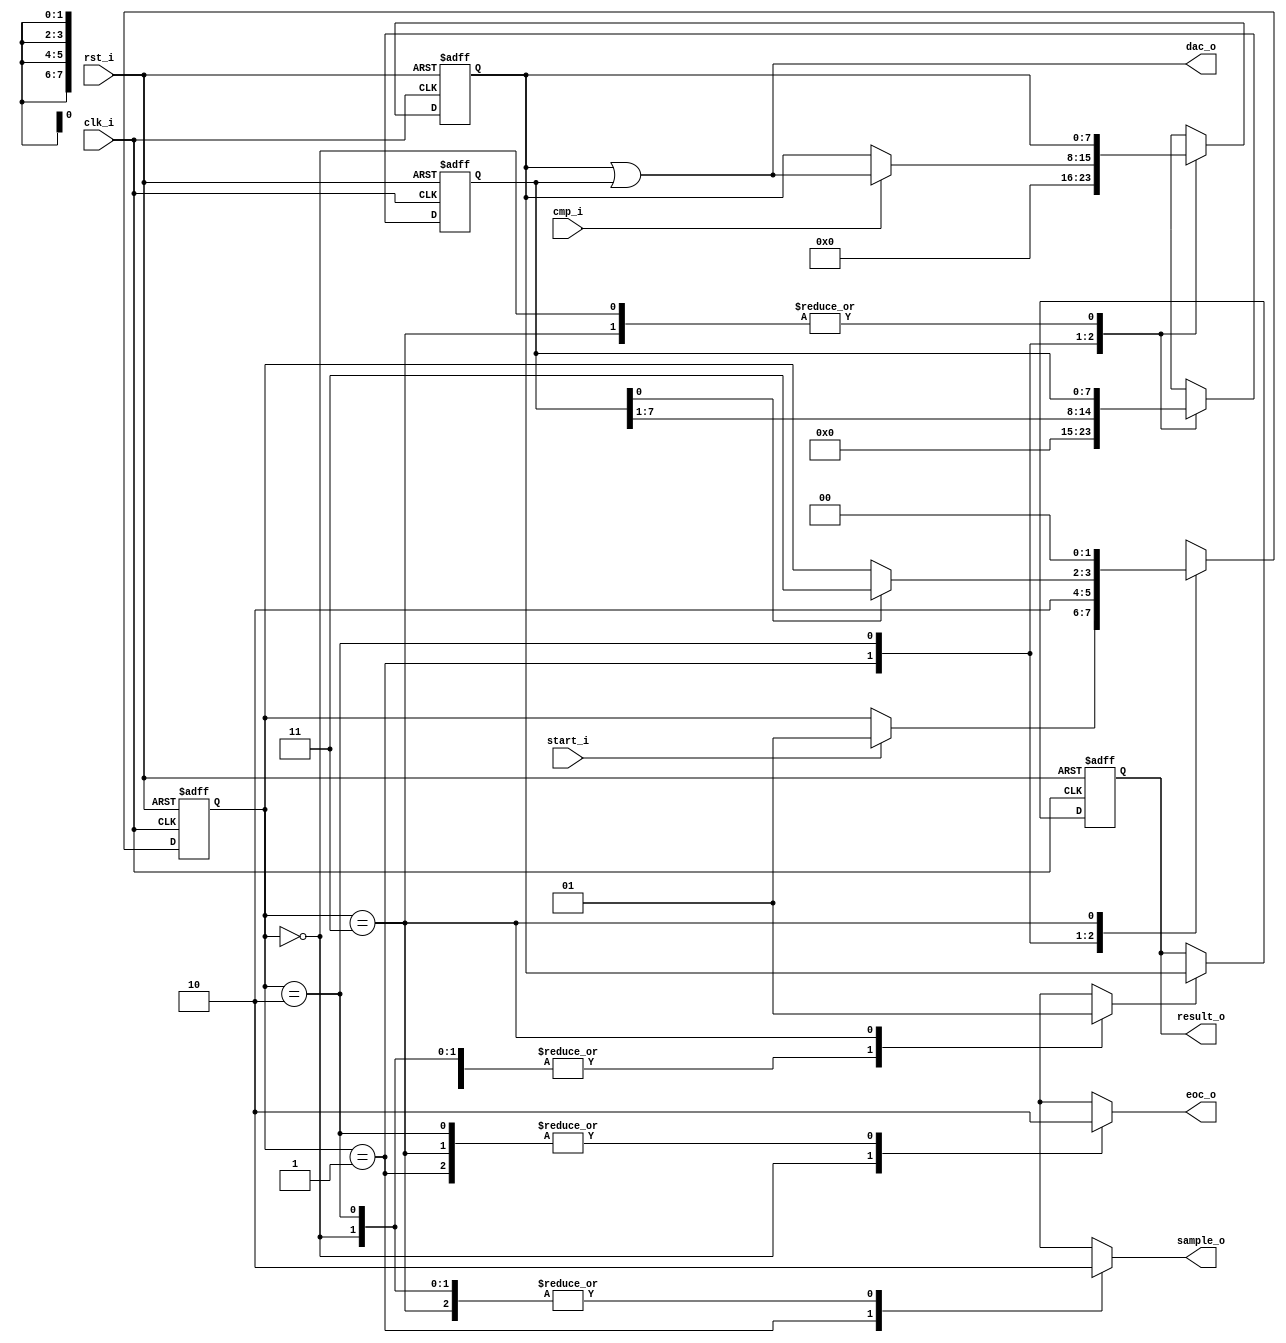
module fsm_sar #(
  parameter Width = 8
) (
  input                  clk_i,
  input                  rst_i,
  input                  start_i,
  input                  cmp_i,
  output reg [Width-1:0] result_o,
  output     [Width-1:0] dac_o,
  output reg             sample_o,
  output reg             eoc_o
);
  
  localparam [1:0] s0 = 2'b00,  // Wait
                   s1 = 2'b01,  // Sample
                   s2 = 2'b10,  // Convertion
                   s3 = 2'b11;  // Done
                   
  reg       [1:0] state_reg, state_next;
  reg [Width-1:0]  mask_reg, mask_next;
  reg [Width-1:0]  res_reg,  res_next;
  reg              enable;
  
  always @(*) begin
    sample_o = 1'b0;
    eoc_o    = 1'b0;
    enable   = 1'b0;
    mask_next  = mask_reg;
    res_next   = res_reg;
    state_next = state_reg;
    case (state_reg)
      s0: begin  // Wait
            eoc_o = 1'b1;
            if (start_i) begin
              state_next = s1;
            end
          end
      s1: begin // Sample
            state_next = s2;
            sample_o  = 1'b1;
            mask_next = 10'b1000000000;
            res_next  = 10'b0000000000;
          end
      s2: begin // Convertion
            mask_next = mask_reg >> 1;
            if (cmp_i) begin
              res_next  = res_reg | mask_reg;
            end
            if (mask_reg[0]) begin
              state_next = s3;
            end  
          end
      s3: begin // Done
            state_next = s0;
            enable = 1'b1;
          end
    endcase
  end

  assign dac_o = res_reg | mask_reg;

  always @(posedge clk_i, posedge rst_i) begin
    if (rst_i) begin
      state_reg <= s0;
      mask_reg  <= { Width {1'b0} };
      res_reg   <= { Width {1'b0} };
    end else begin
      state_reg <= state_next;
      mask_reg  <= mask_next;
      res_reg   <= res_next;
    end
  end
  
  always @(posedge clk_i, posedge rst_i) begin
    if (rst_i) begin
      result_o <= { Width {1'b0} };
    end else if (enable) begin
      result_o <= res_reg;
    end
  end
  
endmodule